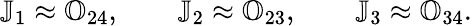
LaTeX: {\mathbb J}_{1}\approx{\mathbb O}_{24},\qquad{\mathbb J}_{2}\approx{\mathbb O}_{23},\qquad{\mathbb J}_{3}\approx{\mathbb O}_{34}.